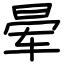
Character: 晕